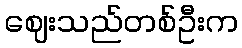
ဈေးသည်တစ်ဦးက